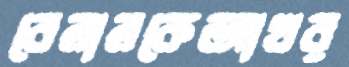
বেলালকেআখর